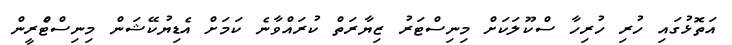
އަތޮޅުގައި ހުރި ހުރިހާ ސްކޫލަކަށް މިނިސްޓަރު ޒިޔާރަތް ކުރައްވާނެ ކަމަށް އެޑިޔުކޭޝަން މިނިސްޓްެރީން